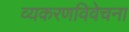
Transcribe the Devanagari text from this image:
व्यकरणविवेचना